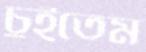
চুইতেম